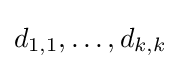
d_{1,1},\ldots ,d_{k,k}